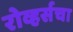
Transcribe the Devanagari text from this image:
रोव्हर्सचा